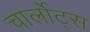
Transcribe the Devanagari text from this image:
चार्लोट्स